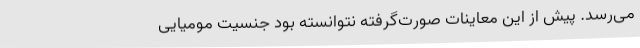
می‌رسد. پیش از این معاینات صورت‌‌گرفته نتوانسته بود جنسیت مومیایی